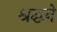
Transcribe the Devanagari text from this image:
श्रद्धने